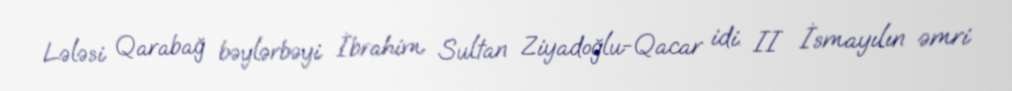
Lələsi Qarabağ bəylərbəyi İbrahim Sultan Ziyadoğlu-Qacar idi. II İsmayılın əmri